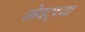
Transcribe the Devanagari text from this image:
शेवट्च्या